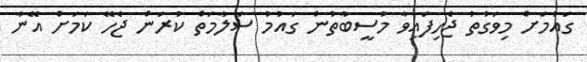
ގައުމަށް މިވަގުތު ޖެހިފައިވާ މުސީބާތުން ގައުމު ސަލާމަތް ކުރަން ޖެހޭ ކަމަށް އޭނާ